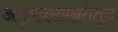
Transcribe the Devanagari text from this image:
अनुभवसंपन्नतेतून